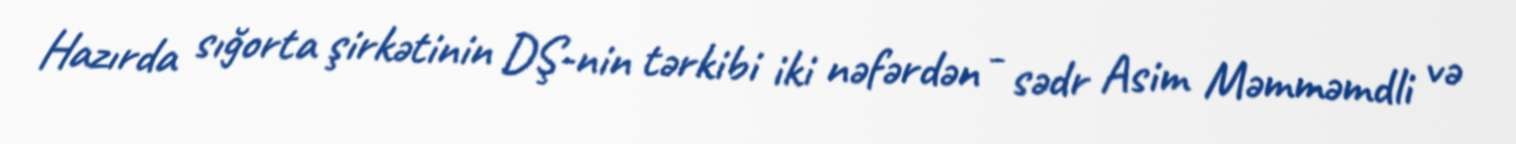
Hazırda sığorta şirkətinin DŞ-nin tərkibi iki nəfərdən - sədr Asim Məmməmdli və